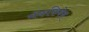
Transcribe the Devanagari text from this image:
मॅककिबेन